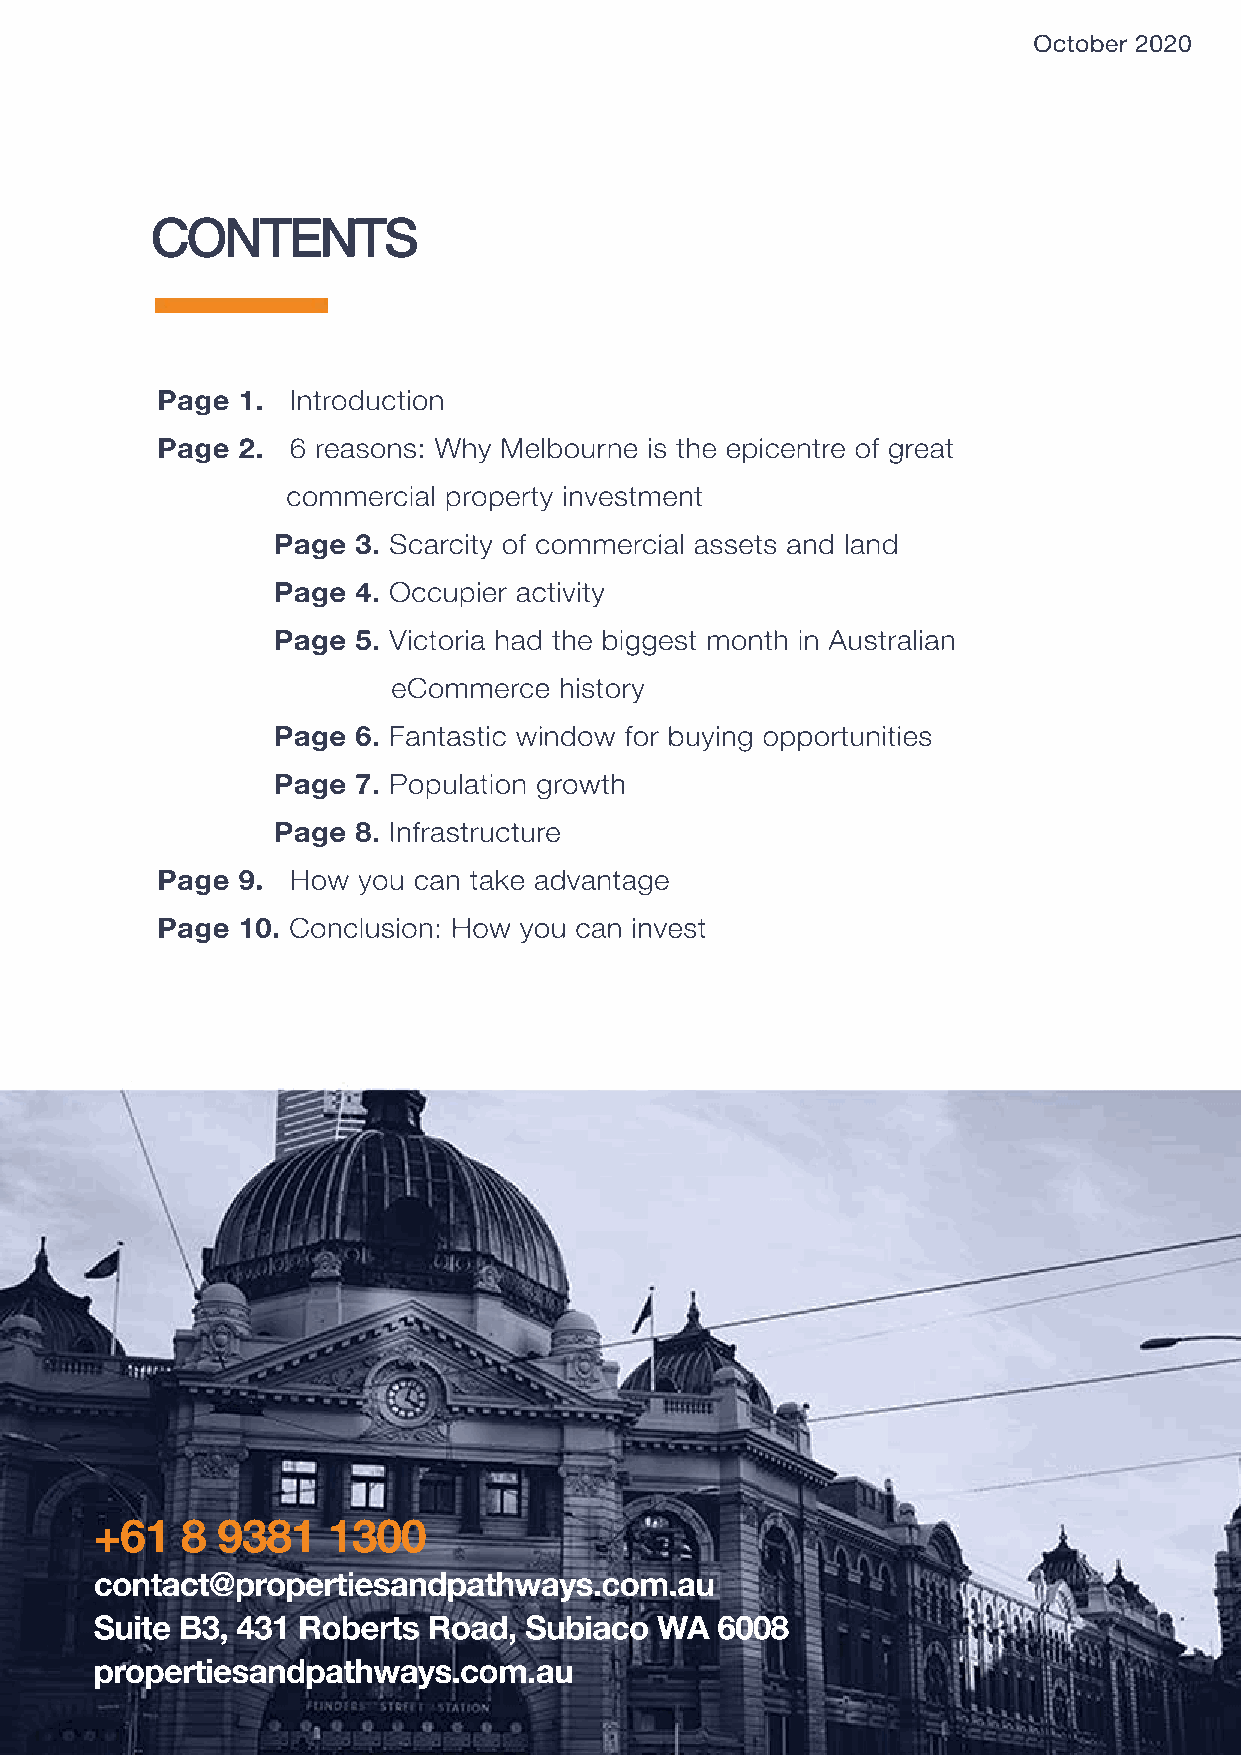
October 2020
 CONTENTS
 Page  1. Introduction
 Page  2. 6 reasons: Why Melbourne is the epicentre of great
 commercial property investment
 Page 3. Scarcity of commercial assets and land
 Page 4. Occupier activity
 Page 5. Victoria had the biggest month in Australian
 eCommerce  history
 Page 6. Fantastic window for buying opportunities
 Page 7. Population growth
 Page 8. Infrastructure
 Page  9. How  you can take advantage
 Page  10. Conclusion: How you can invest
 +61   8 9381    1300
 contact@propertiesandpathways.com.au
 Suite B3, 431 Roberts Road,  Subiaco WA  6008
 propertiesandpathways.com.au